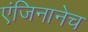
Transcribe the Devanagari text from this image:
एंजिनानेच